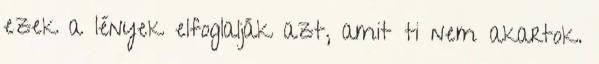
ezek a lények elfoglalják azt, amit ti nem akartok.